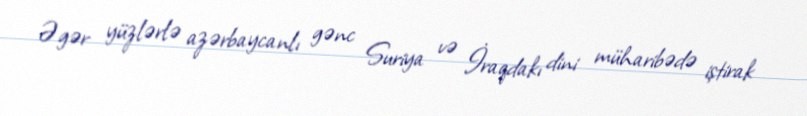
Əgər yüzlərlə azərbaycanlı gənc Suriya və İraqdakı dini müharibədə iştirak